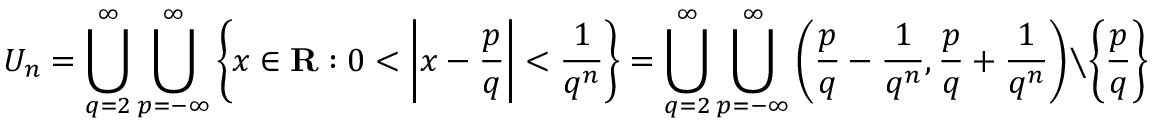
U _ { n } = \bigcup _ { q = 2 } ^ { \infty } \bigcup _ { p = - \infty } ^ { \infty } \left\{ x \in \mathbf { R } : 0 < \left| x - { \frac { p } { q } } \right| < { \frac { 1 } { q ^ { n } } } \right\} = \bigcup _ { q = 2 } ^ { \infty } \bigcup _ { p = - \infty } ^ { \infty } \left( { \frac { p } { q } } - { \frac { 1 } { q ^ { n } } } , { \frac { p } { q } } + { \frac { 1 } { q ^ { n } } } \right) \setminus \left\{ { \frac { p } { q } } \right\}